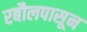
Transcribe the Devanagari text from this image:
रबौलपासून